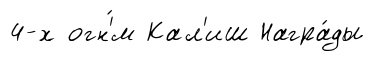
4-х огн'́м Кал'иш Награ́ды